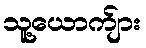
သူ့ယောက်ျား